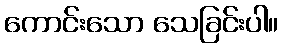
ကောင်းသော သေခြင်းပါ။